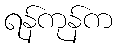
ရန်ကုန်က